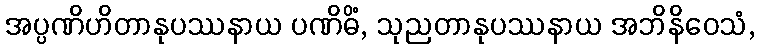
အပ္ပဏိဟိတာနုပဿနာယ ပဏိဓိံ, သုညတာနုပဿနာယ အဘိနိဝေသံ,